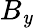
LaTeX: B_{\mathit{y}}